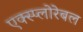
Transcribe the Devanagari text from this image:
एक्स्प्लोरेबल